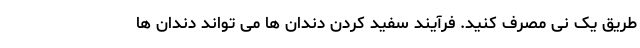
طریق یک نی مصرف کنید. فرآیند سفید کردن دندان ها می تواند دندان ها